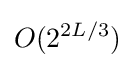
O(2^{2L/3})